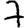
Digit: 7